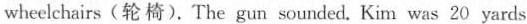
wheelchairs(轮椅).The gun sounded. Kim was 20 yards